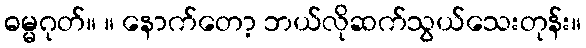
ဓမ္မဂုတ်။ ။ နောက်တော့ ဘယ်လိုဆက်သွယ်သေးတုန်း။